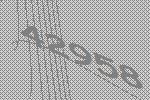
42958